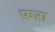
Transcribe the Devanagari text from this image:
फ़रा